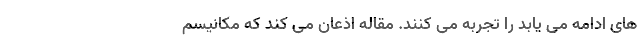
های ادامه می یابد را تجربه می کنند. مقاله اذعان می کند که مکانیسم